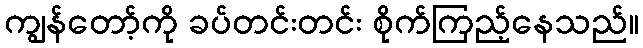
ကျွန်တော့်ကို ခပ်တင်းတင်း စိုက်ကြည့်နေသည်။